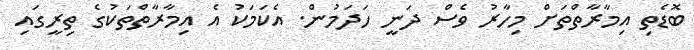
ބޮޑެތި އިމާރާތްތަށް މިހާރު ވެސް ދަނީ ހަދަމުން. އެކަމަކު އެ އިމާރާތްތަކުގެ ތިރީގައި